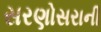
સરણોસરાની